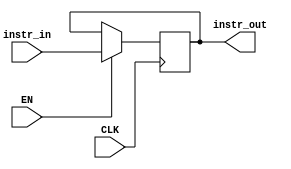
`timescale 1ns / 1ps

module inst_reg # ( parameter WL = 32 )
(
    input CLK, EN,
    input [WL - 1 : 0] instr_in,
    output [WL - 1 : 0] instr_out
);
    reg [WL - 1 : 0] instruction;
    initial instruction <= 0;
    
    wire [5 : 0] opcode = instruction[31 : 26];
    wire [4 : 0] rs = instruction[25 : 21];
    wire [4 : 0] rt = instruction[20 : 16];
    wire [4 : 0] rd = instruction[15 : 11];
    wire [15 : 0] Imm = instruction[15 : 0];
    wire [4 : 0] shamt = instruction[10 : 6];
    wire [5 : 0] funct = instruction[5 : 0];
    wire [25 : 0] Jaddr = instruction[25 : 0];
    wire signed [WL - 1 : 0] SImm = { {(WL - 16){Imm[15]}} ,Imm[15:0] };
    
    always @ (posedge CLK) if(EN) instruction <= instr_in;
    assign instr_out = instruction;
    
endmodule